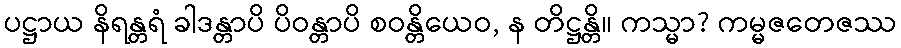
ပဋ္ဌာယ နိရန္တရံ ခါဒန္တာပိ ပိဝန္တာပိ စဝန္တိယေဝ, န တိဋ္ဌန္တိ။ ကသ္မာ? ကမ္မဇတေဇဿ